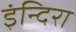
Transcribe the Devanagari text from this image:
इंन्दिरा